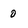
Character: 0